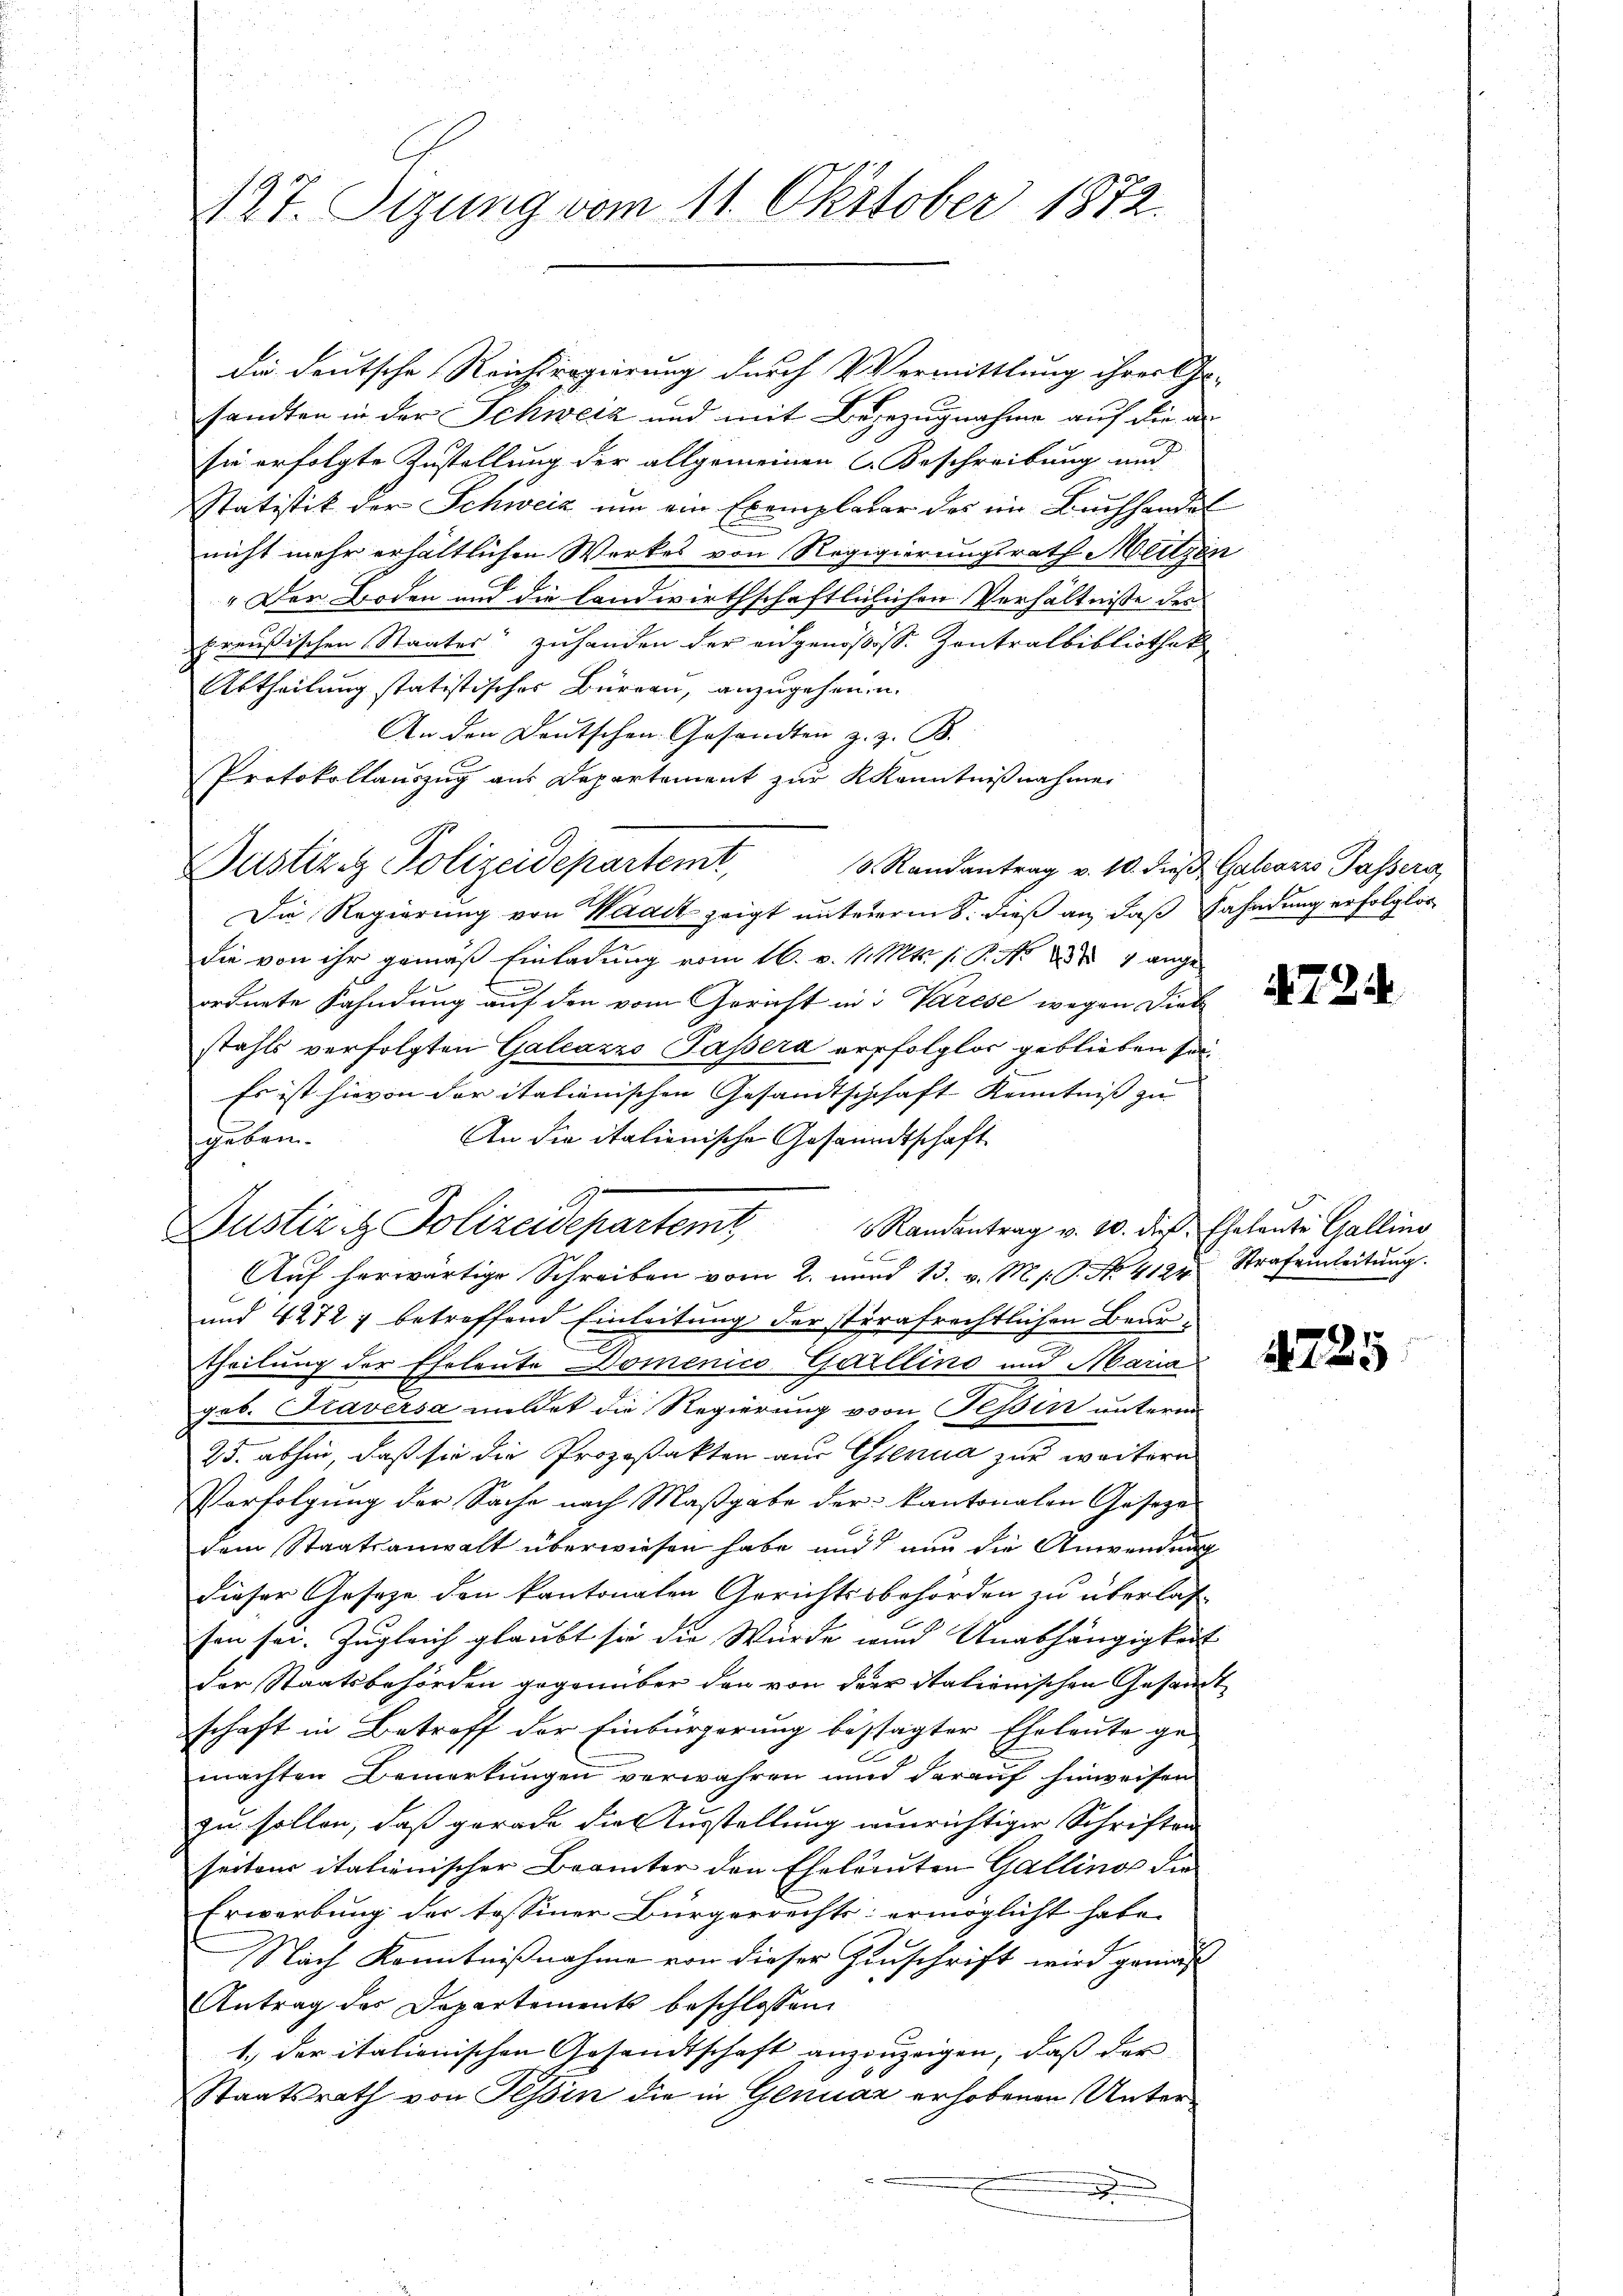
427. Sizung vom 11. Oktober 1872.

die deutsche Reichsregierung durch Vermittlung ihrer Ge-
sandten in der Schweiz und mit Bezezugnahme auf die an
sie erfolgte Zustellung der allgemeinen C. Beschreibung und
Statistik der Schweiz um ein Exemplarer des im Buchhander
nicht mehr erhältlichen Werkes von Regigierungsrath Meitzer
" Den werden und die Landwirthschaftliclichen Verhältnisse des
preußischen Staates“ zuhanden der eidgenößiss. Zentralbibliothek
Abtheilung statistischer Büreau, anzugehen u.
An den Deutschen Gesandten z. Z. B.
Protokollauszug aus Departement zur Kenntnißnahmen
Die Regierung von Waadt zeigt untererm 8. dieß an, daß Fahndung erfolglos
die von ihr gemäß Einladung vom 16. v. M. Mts. s P. Nr. 1884 angeordnete Fahndung auf den vom Gericht in Varese wegen Dieb
stahls verfolgten Galcazzo Passera erfolglos geblieben sol¬
Es ist hievon der italienischen Gesandtschhaft Kenntniß zu
An die italienische Gesandtschaft
geben.
Randantrag v. 10. die Eheleute Gallino

Auf herwärtige Schreiben vom 2. und 13. v. M. s. G. No. 4124. Strafeinleitŭng.
und 42727 betreffend Einleitung der stirafrechtlichen Beurtheilung der Eheleute Domenico Gallino und Maria
geb. Graversa meldet die Regierung vom Tessin unterm
235. abhin, daß sie die Prozeßakten aus Genua zur weitern
Verfolgung der Sache nach Maßgabe der kantonalen Geseze
dem Staatsanwalt überwiesen habe und nun die Anwendung
dieser Geseze den kantonalen Gerichtsobehörden zu überlas-
son sei. Zugleich glaubt sie die Würde und Unabhängigkeit
der Staatsbehörden gegenüber den von der Italienischen Gesandt
schaft in Betreff der Einbürgerung bestagter Eheleute ge-
machten Bemerkungen verwahren und darauf hinweisen
zu sollen, daß gerade die Ausstellung einrichtiger Schriften
seitens italienischer Beamter den Eheleuten Gallinor die
Erwarbung der tessiner Bürgerrechts ermöglicht habe,
Nach Kenntnißnahme von dieser Zinschrift wird gemäß
Antrag des Departements beschlossen
1.) der italionischen Gesandtschaft anzuzeigen, daß der
Staatsrath von Tessin die in Genuaz erhobenen Unter¬

Justiz iz. Polizeidepartemb

Justiz & Polizeidepartemt, 5. Randantrag v. 10. dieβ Galaris Passera

E
2

724.

1725